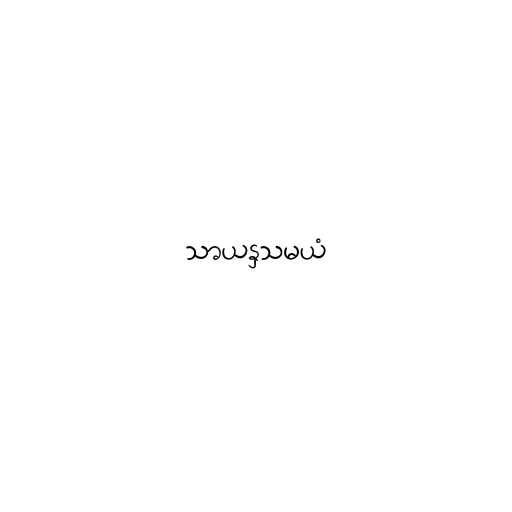
သာယနှသမယံ